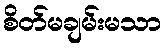
စိတ်မချမ်းမသာ